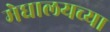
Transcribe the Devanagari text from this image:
मेघालयच्या